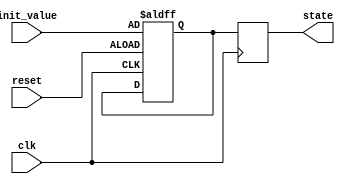
module ConfigurableInitialConditions #(
    parameter DATA_WIDTH = 8,          // Width of the data signals
    parameter INITIAL_VALUE = 8'h00     // Default initial value
)(
    input wire clk,                     // Clock signal
    input wire reset,                   // Reset signal
    input wire [DATA_WIDTH-1:0] init_value, // User-defined initial value
    output reg [DATA_WIDTH-1:0] state   // Output state variable
);

// Internal state variable
reg [DATA_WIDTH-1:0] internal_state;

// Initialization logic
always @(posedge clk or posedge reset) begin
    if (reset) begin
        // Reset the internal state to the user-defined initial value
        internal_state <= init_value;
    end else begin
        // Maintain the current state (or implement state transition logic here)
        // For this example, we simply hold the state
        internal_state <= internal_state; // No change in state
    end
end

// Output the current state
always @(posedge clk) begin
    state <= internal_state;
end

endmodule